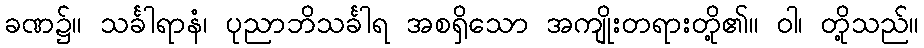
ခဏ၌။ သင်္ခါရာနံ၊ ပုညာဘိသင်္ခါရ အစရှိသော အကျိုးတရားတို့၏။ ဝါ၊ တို့သည်။